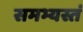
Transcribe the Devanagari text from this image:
समभ्यस्तं